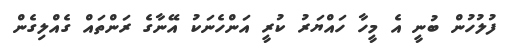
ފުލުހުން ބުނީ އެ މީހާ ހައްޔަރު ކުރީ އަންހެނަކު އޭނާގެ ރަންތައް ގެއްލިގެން